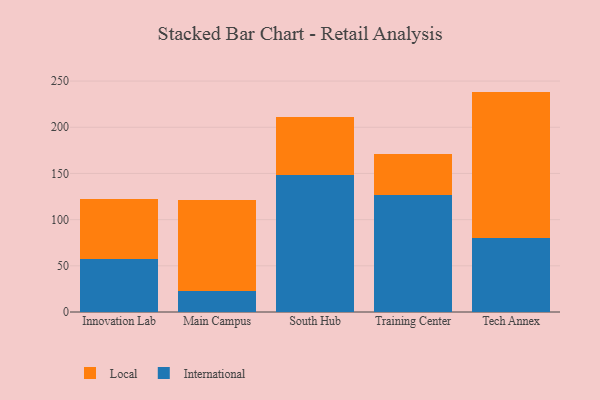
{"axis": {"x": "Campus", "y": "Production Output"}, "legend": ["International", "Local"], "data": [{"x": "Innovation Lab", "y": 57.2, "type": "International"}, {"x": "Innovation Lab", "y": 64.7, "type": "Local"}, {"x": "Main Campus", "y": 22.2, "type": "International"}, {"x": "Main Campus", "y": 99.3, "type": "Local"}, {"x": "South Hub", "y": 148.1, "type": "International"}, {"x": "South Hub", "y": 63.3, "type": "Local"}, {"x": "Training Center", "y": 127.1, "type": "International"}, {"x": "Training Center", "y": 43.6, "type": "Local"}, {"x": "Tech Annex", "y": 80.5, "type": "International"}, {"x": "Tech Annex", "y": 158.1, "type": "Local"}]}